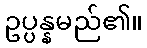
ဥပ္ပန္နမည်၏။